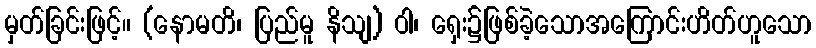
မှတ်ခြင်းဖြင့်။ (နောမတိ၊ ပြည်မူ နိသျ) ဝါ၊ ရှေး၌ဖြစ်ခဲ့သောအကြောင်းဟိတ်ဟူသော